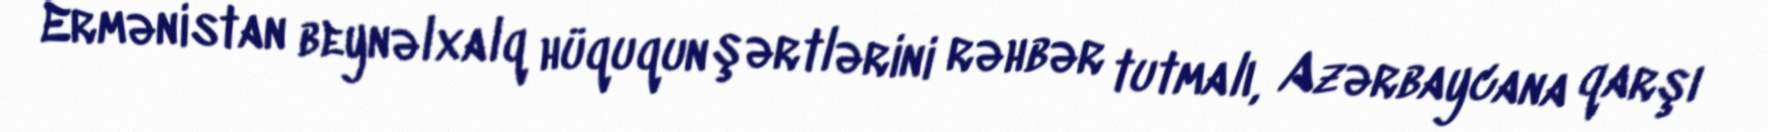
Ermənistan beynəlxalq hüququn şərtlərini rəhbər tutmalı, Azərbaycana qarşı